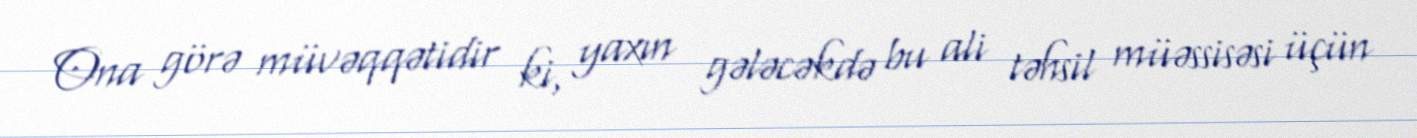
Ona görə müvəqqətidir ki, yaxın gələcəkdə bu ali təhsil müəssisəsi üçün